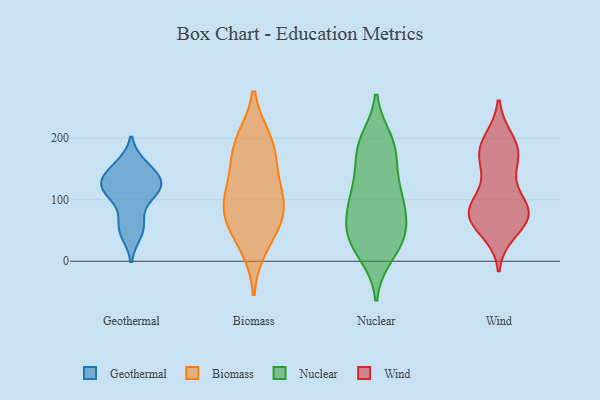
{"axis": {"x": "Conversion Rate (%)", "y": "Value"}, "legend": ["Biomass", "Geothermal", "Nuclear", "Wind"], "data": [{"x": "", "y": 61, "type": "Geothermal"}, {"x": "", "y": 46, "type": "Geothermal"}, {"x": "", "y": 151, "type": "Geothermal"}, {"x": "", "y": 113, "type": "Geothermal"}, {"x": "", "y": 120, "type": "Geothermal"}, {"x": "", "y": 116, "type": "Geothermal"}, {"x": "", "y": 143, "type": "Geothermal"}, {"x": "", "y": 125, "type": "Geothermal"}, {"x": "", "y": 111, "type": "Geothermal"}, {"x": "", "y": 56, "type": "Geothermal"}, {"x": "", "y": 128, "type": "Geothermal"}, {"x": "", "y": 155, "type": "Geothermal"}, {"x": "", "y": 24, "type": "Biomass"}, {"x": "", "y": 108, "type": "Biomass"}, {"x": "", "y": 100, "type": "Biomass"}, {"x": "", "y": 80, "type": "Biomass"}, {"x": "", "y": 171, "type": "Biomass"}, {"x": "", "y": 197, "type": "Biomass"}, {"x": "", "y": 137, "type": "Biomass"}, {"x": "", "y": 193, "type": "Biomass"}, {"x": "", "y": 59, "type": "Biomass"}, {"x": "", "y": 71, "type": "Biomass"}, {"x": "", "y": 49, "type": "Nuclear"}, {"x": "", "y": 23, "type": "Nuclear"}, {"x": "", "y": 45, "type": "Nuclear"}, {"x": "", "y": 24, "type": "Nuclear"}, {"x": "", "y": 132, "type": "Nuclear"}, {"x": "", "y": 168, "type": "Nuclear"}, {"x": "", "y": 90, "type": "Nuclear"}, {"x": "", "y": 189, "type": "Nuclear"}, {"x": "", "y": 10, "type": "Nuclear"}, {"x": "", "y": 197, "type": "Nuclear"}, {"x": "", "y": 115, "type": "Nuclear"}, {"x": "", "y": 59, "type": "Nuclear"}, {"x": "", "y": 36, "type": "Nuclear"}, {"x": "", "y": 67, "type": "Nuclear"}, {"x": "", "y": 180, "type": "Nuclear"}, {"x": "", "y": 102, "type": "Nuclear"}, {"x": "", "y": 190, "type": "Nuclear"}, {"x": "", "y": 118, "type": "Nuclear"}, {"x": "", "y": 85, "type": "Nuclear"}, {"x": "", "y": 169, "type": "Wind"}, {"x": "", "y": 83, "type": "Wind"}, {"x": "", "y": 129, "type": "Wind"}, {"x": "", "y": 80, "type": "Wind"}, {"x": "", "y": 80, "type": "Wind"}, {"x": "", "y": 49, "type": "Wind"}, {"x": "", "y": 82, "type": "Wind"}, {"x": "", "y": 175, "type": "Wind"}, {"x": "", "y": 79, "type": "Wind"}, {"x": "", "y": 196, "type": "Wind"}, {"x": "", "y": 171, "type": "Wind"}, {"x": "", "y": 70, "type": "Wind"}, {"x": "", "y": 73, "type": "Wind"}, {"x": "", "y": 187, "type": "Wind"}]}